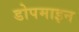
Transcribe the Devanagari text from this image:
डोपमाइन